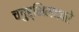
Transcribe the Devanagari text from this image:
चतुर्भिमकारे